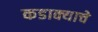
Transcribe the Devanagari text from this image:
कडाक्याचे